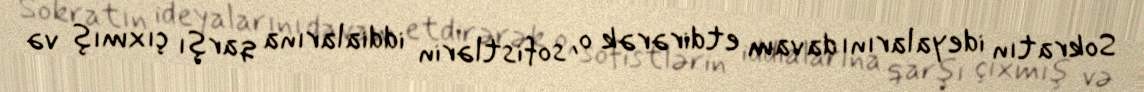
Sokratın ideyalarını davam etdirərək o, sofistlərin iddialarına qarşı çıxmış və